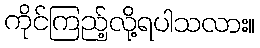
ကိုင်ကြည့်လို့ရပါသလား။